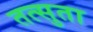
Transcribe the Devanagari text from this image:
तत्सुता